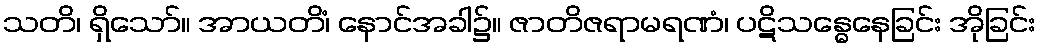
သတိ၊ ရှိသော်။ အာယတိံ၊ နောင်အခါ၌။ ဇာတိဇရာမရဏံ၊ ပဋိသန္ဓေနေခြင်း အိုခြင်း